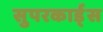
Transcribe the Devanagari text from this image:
सुपरकार्ड्स